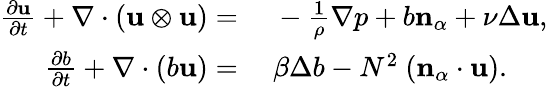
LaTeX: \begin{array}{rl}{\frac{\partial\mathbf{u}}{\partial t}+\nabla\cdot(\mathbf{u}\otimes\mathbf{u})=}&{~-\frac{1}{\rho}\nabla p+b\mathbf{n}_{\alpha}+\nu\Delta\mathbf{u},}\\ {\frac{\partial b}{\partial t}+\nabla\cdot(b\mathbf{u})=}&{~\beta\Delta b-N^{2}\ (\mathbf{n}_{\alpha}\cdot\mathbf{u}).}\end{array}